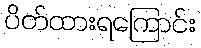
ပိတ်ထားရကြောင်း